Indian Civil Veterinary Department memoirs
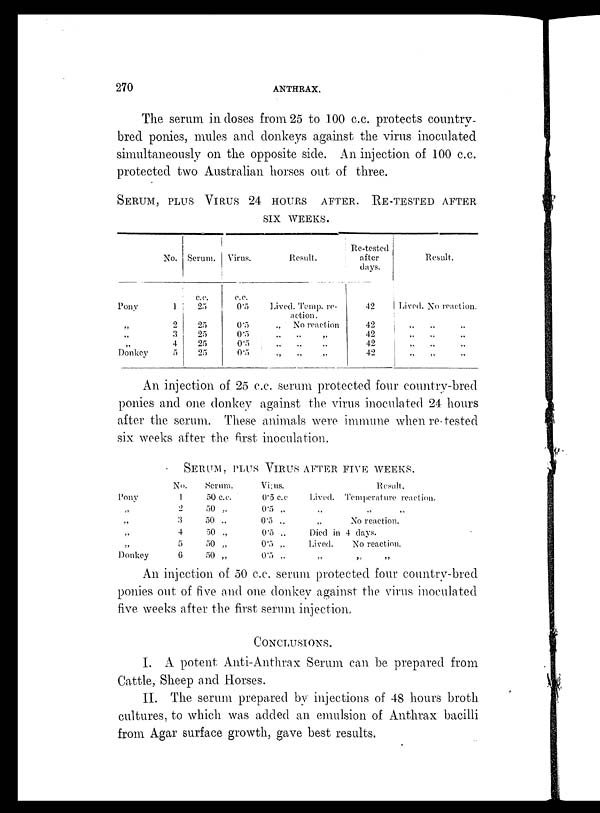
270
ANTHRAX.
The serum in doses from 25 to 100 c.c. protects country-
bred ponies, mules and donkeys against the virus inoculated
simultaneously on the opposite side. An injection of 100 c.c.
protected two Australian horses out of three.
SERUM, PLUS VIRUS 24 HOURS AFTER. RE-TESTED A
SIX WEEKS.
Pony
„
„
„
Donkey
No.
1
2
3
4
5
Serum.
c.c.
25
25
25
25
25
Virus.
c.c.
0.5
0.5
0.5
0.5
0.5
Result,
Lived. Temp. re-
action.
„ No reaction
„ „ „
„ „ „
„ „ „
Re-tested
after
days.
42
42
42
42
42
Result.
Lived. No reaction.
„ „ „
„ „ „
„ „ „
„ „ „
An injection of 25 c.c. serum protected four country-bred
ponies and one donkey against the virus inoculated 24 hours
after the serum. These animals were immune when re-tested
six weeks after the first inoculation.
SERTUM, PLUS VIRUS AFTER FIVE WEEKS.
Pony
„
„
„
„
Donkey
No.
1
2
3
4
5
6
Serum.
50 c.c.
50 „
50 „
50 „
50 „
50 „
Virus.
0.5 c.c
0.5 „
0.5 „
0.5 „
0.5 „
0.5 „
Lived.
„
„
Result.
Temperature reaction.
„ „
No reaction.
Died in 4 days.
Lived.
„
No reaction.
„ „
An injection of 50 c.c. serum protected four country-bred
ponies out of five and one donkey against the virus inoculated
five weeks after the first serum injection
CONCLUSIONS.
I. A potent Anti-Anthrax Serum can be prepared from
Cattle, Sheep and Horses.
II. The serum prepared by injections of 48 hours broth
cultures, to which was added an emulsion of Anthrax bacilli
from Agar surface growth, gave best results.